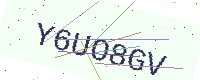
Text: Y6UO8GV